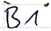
Text: "B1"